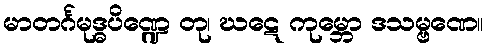
မာတင်္ဂမုဒ္ဓပိဏ္ဍေ တု၊ ဃဋေ ကုမ္ဘော ဒသမ္ဗဏေ။